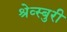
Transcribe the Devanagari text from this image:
श्रेव्स्बुरी